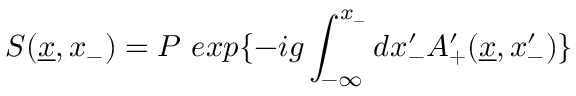
S ( \underline { { { x } } } , x _ { - } ) = P \ e x p \{ - i g \int _ { - \infty } ^ { x _ { - } } d x _ { - } ^ { \prime } A _ { + } ^ { \prime } ( \underline { { { x } } } , x _ { - } ^ { \prime } ) \}